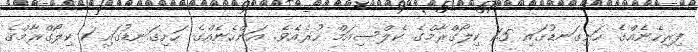
ފިރިހެނެއްގެ ހަށިގަނޑުގައި 1.5 ކިލޯގްރާމްގެ ކެލްސިއަމް ހުރެއެވެ. އަންހެނެއްގެ ހަށިގަނޑުގައި 1 ކިލޯގްރާމްގެ